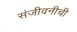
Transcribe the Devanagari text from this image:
संजीवनीची